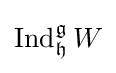
\operatorname {Ind} _{\mathfrak {h}}^{\mathfrak {g}}W